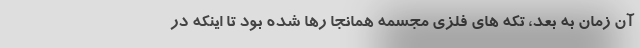
آن زمان به بعد، تکه های فلزی مجسمه همانجا رها شده بود تا اینکه در